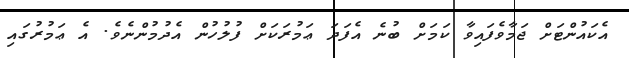
އެކައުންޓަށް ޖަމާވެފައިވާ ކަމަށް ބުނެ އެފަދަ ޢަމުރަކަށް ފުލުހުން އެދުމުންނެވެ. އެ ޢަމުރުގައި